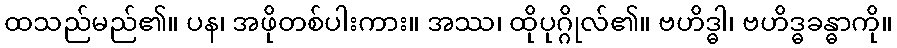
ထသည်မည်၏။ ပန၊ အဖိုတစ်ပါးကား။ အဿ၊ ထိုပုဂ္ဂိုလ်၏။ ဗဟိဒ္ဓါ၊ ဗဟိဒ္ဓခန္ဓာကို။